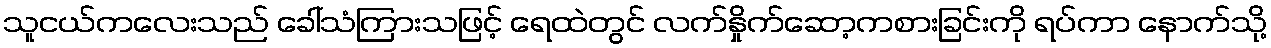
သူငယ်ကလေးသည် ခေါ်သံကြားသဖြင့် ရေထဲတွင် လက်နှိုက်ဆော့ကစားခြင်းကို ရပ်ကာ နောက်သို့